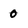
Character: 0